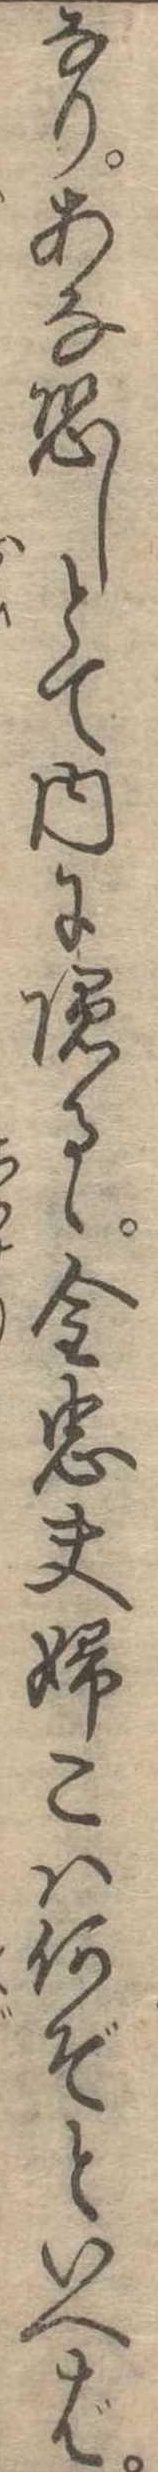
なりあな恐しとて内に隠るゝ金忠夫婦こは何ぞといへば